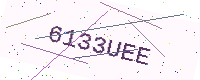
Text: 6133UEE